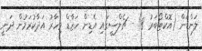
ލަންޑަން (އޮކްޓޯބަރު 8) - ޗެލްސީގައި އެޑިން ހަޒާޑް މިހާރު އަދާކުރަމުން ދަނީ